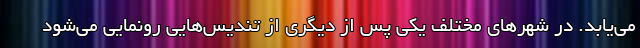
می‌یابد. در شهرهای مختلف یکی پس از دیگری از تندیس‌هایی رونمایی می‌شود